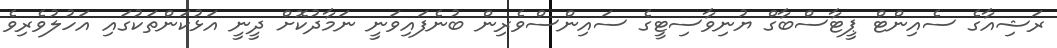
ރަޝިއާގެ ސެއިންޓް ޕީޓާސްބާގް ޔުނިވާސިޓީގެ ސައިންސްވެރިން ބުނެފައިވަނީ ނަމާދުކޮށް ދީނީ އަޅުކަންތަކުގައި އަހުލުވެރިވެ